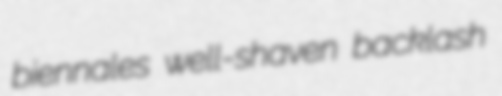
biennales well-shaven backlash